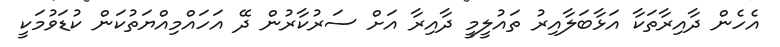
އެހެން ދާއިރާތަކާ އަޅާބަލާއިރު ތައުލީމީ ދާއިރާ އަށް ސަރުކާރުން ދޭ އަހައްމިއްޔަތުކަން ކުޑަވުމަކީ